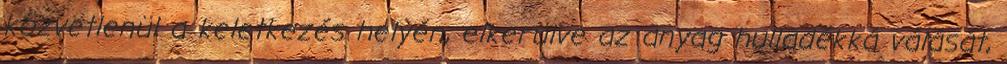
közvetlenül a keletkezés helyén, elkerülve az anyag hulladékká válását,